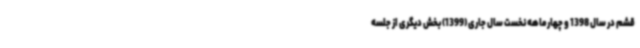
قشم در سال 1398 و چهارماهه نخست سال جاری (1399) بخش دیگری از جلسه